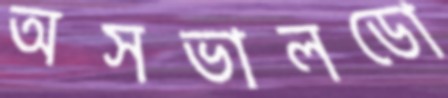
অসভালডো